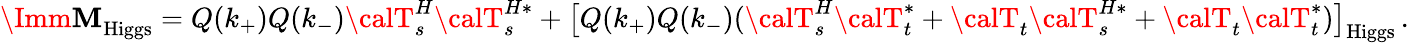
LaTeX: {\Imm{\cal\mathbf{M}}}_{\mathrm{{Higgs}}}=Q(k_{+})Q(k_{-}){\calT}_{s}^{H}{\calT}_{s}^{H*}+\big[Q(k_{+})Q(k_{-})({\calT}_{s}^{H}{\calT}_{t}^{*}+{\calT}_{t}{\calT}_{s}^{H*}+{\calT}_{t}{\calT}_{t}^{*})\big]_{\mathrm{{Higgs}}}\, .